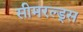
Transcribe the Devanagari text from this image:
सीमरल्ड्स